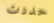
حددت